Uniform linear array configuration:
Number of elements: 4
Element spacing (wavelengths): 0.75
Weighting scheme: hamming
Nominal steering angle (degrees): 30
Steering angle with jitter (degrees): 31.126
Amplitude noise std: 0.05
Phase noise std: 0.05

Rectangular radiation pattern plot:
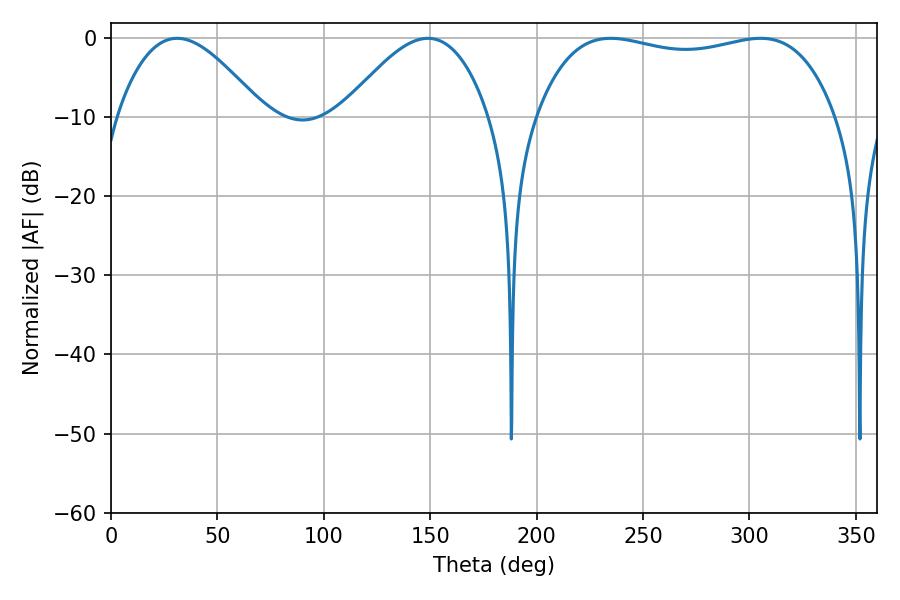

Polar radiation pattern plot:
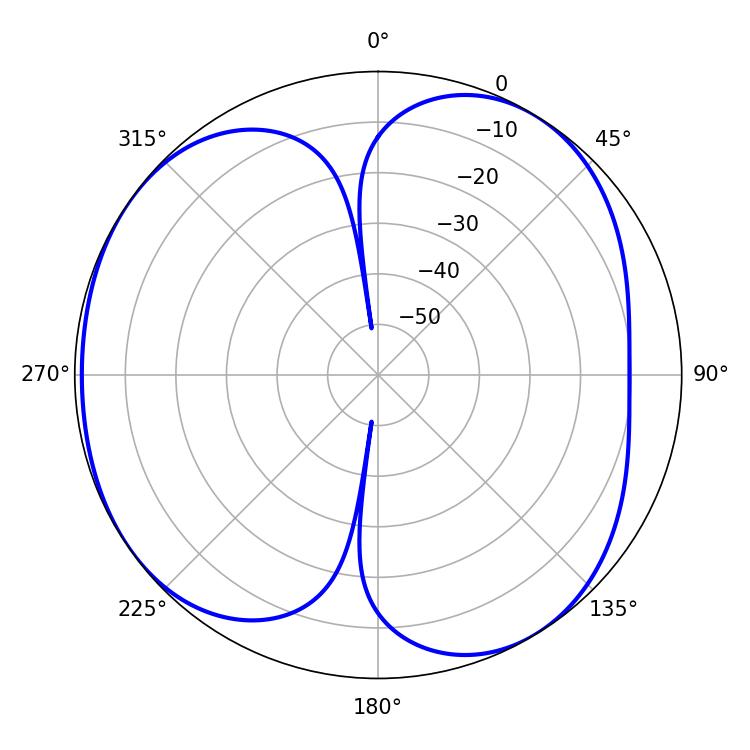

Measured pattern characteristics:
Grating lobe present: TRUE
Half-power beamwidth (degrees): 113.4
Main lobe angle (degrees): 234.72